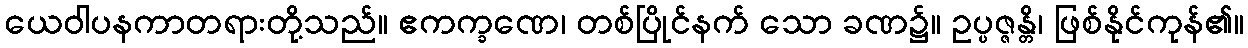
ယေဝါပနကာတရားတို့သည်။ ဧကက္ခဏေ၊ တစ်ပြိုင်နက် သော ခဏ၌။ ဥပ္ပဇ္ဇန္တိ၊ ဖြစ်နိုင်ကုန်၏။